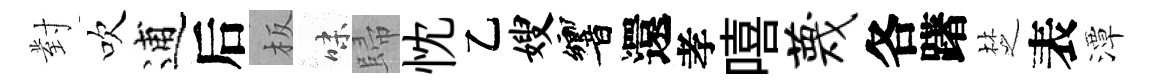
對吹逋后板味歸忱乙嫂響還孝嘻蔑各躇椘表潭